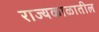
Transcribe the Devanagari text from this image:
राज्यकाळातील